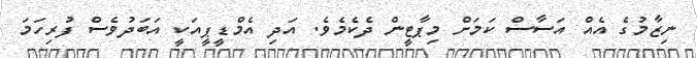
ނިޒާމުގެ އެއް އަސާސް ކަމަށް މިޕާޓީން ދެކެމެވެ. އަދި އެމްޑީޕީއަކީ އަބަދުވެސް ފުރިހަމަ